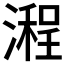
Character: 𣽿